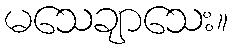
မသေချာသေး။